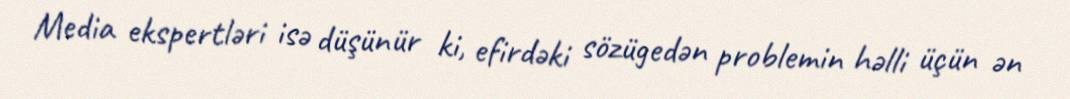
Media ekspertləri isə düşünür ki, efirdəki sözügedən problemin həlli üçün ən